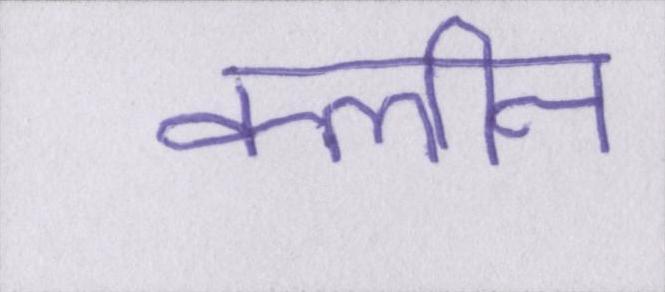
क्लीन